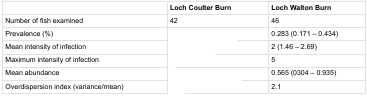
<table><thead><tr><td>[EMPTY_CELL]</td><td><b>Loch Coulter Burn</b></td><td><b>Loch Walton Burn</b></td></tr></thead><tbody><tr><td>Number of fish examined</td><td>42</td><td>46</td></tr><tr><td>Prevalence (%)</td><td>[EMPTY_CELL]</td><td>0.283 (0.171 – 0.434)</td></tr><tr><td>Mean intensity of infection</td><td>[EMPTY_CELL]</td><td>2 (1.46 – 2.69)</td></tr><tr><td>Maximum intensity of infection</td><td>[EMPTY_CELL]</td><td>5</td></tr><tr><td>Mean abundance</td><td>[EMPTY_CELL]</td><td>0.565 (0304 – 0.935)</td></tr><tr><td>Overdispersion index (variance/mean)</td><td>[EMPTY_CELL]</td><td>2.1</td></tr></tbody></table>